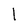
Character: 1